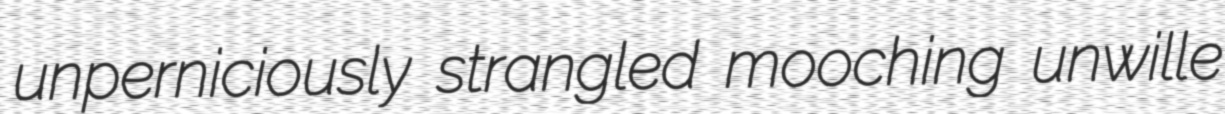
unperniciously strangled mooching unwille